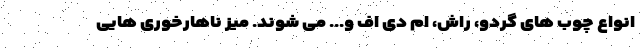
انواع چوب های گردو، راش، ام دی اف و... می شوند. میز ناهارخوری هایی